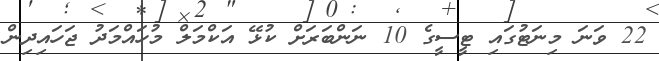
22 ވަނަ މިނަޓުގައި ޓީސީގެ 10 ނަަންބަރަށް ކުޅޭ އަކްމަލް މުހައްމަދު ޖަހައިދިން